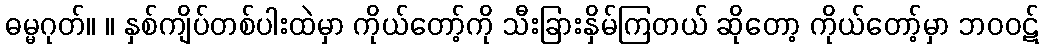
ဓမ္မဂုတ်။ ။ နှစ်ကျိပ်တစ်ပါးထဲမှာ ကိုယ်တော့်ကို သီးခြားနှိမ်ကြတယ် ဆိုတော့ ကိုယ်တော့်မှာ ဘဝဝဋ်